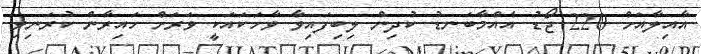
އާއިލާއަށް 220 ޖޯޑު އެއްމާބަނޑު ކުދިން ލިބިފައިވާ ވާހަކައަކީ ވަރަށް ހައިރާން ކުރަނިވި